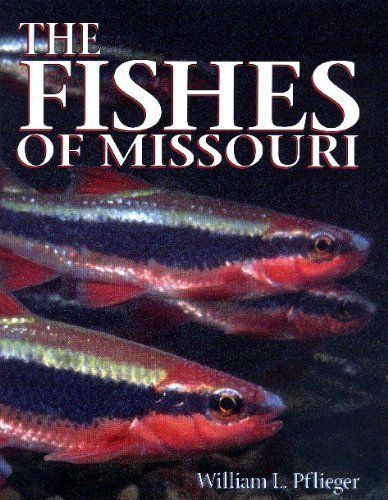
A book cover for The Fishes of Missouri; William L Pflieger; Sports & Outdoors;